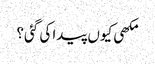
مکھی کیوں پیدا کی گئی؟